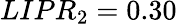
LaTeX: LIPR_{2}=0.30